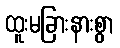
ထူးမခြားနားစွာ